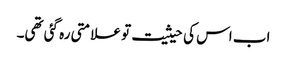
اب اس کی حیثیت تو علامتی رہ گئی تھی۔